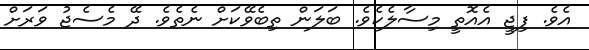
އެވެ. ފިޖީ އެއޮތީ މިސާލެކެވެ. ބަލަން ތިބެވޭކަށް ނެތެވެ. ދޭ މެސެޖު ވަރަށް